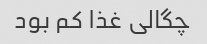
چگالی غذا کم بود